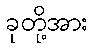
ခုတို့အား